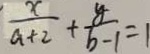
\frac { x } { a + 2 } + \frac { y } { b - 1 } = 1